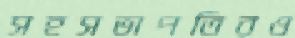
সহসভাপতিরও